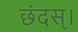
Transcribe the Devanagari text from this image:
छंदस्।